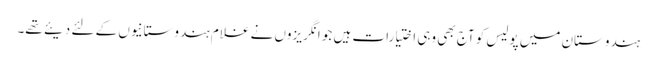
ہندوستان میں پولیس کو آج بھی وہی اختیارات ہیں جو انگریزوں نے غلام ہندوستانیوں کے لئے دیئے تھے۔